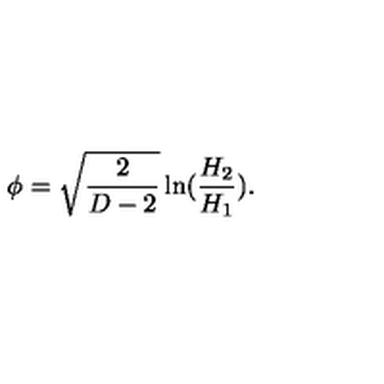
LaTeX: \phi = \sqrt { \frac { 2 } { D - 2 } } \ln ( \frac { H _ { 2 } } { H _ { 1 } } ) .